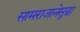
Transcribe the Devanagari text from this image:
सामराजानेसुद्धा